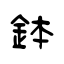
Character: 鉢